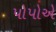
પોપોએ